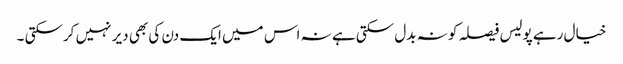
خیال رہے پولیس فیصلہ کو نہ بدل سکتی ہے نہ اس میں ایک دن کی بھی دیر نہیں کرسکتی ۔